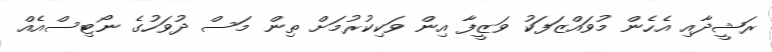
ރަޝީދާއި އެހެން މުވައްޒަފަކު ވަޒީފާ އިން ވަކިކުރުމަށް ތިން މަސް ދުވަހުގެ ނޯޓިސްއެއް